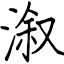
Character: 溆